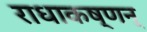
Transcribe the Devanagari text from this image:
राधाकष्णन्